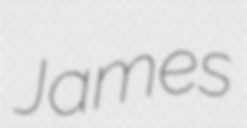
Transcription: James